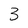
Character: 3